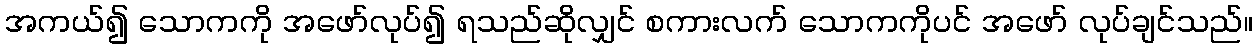
အကယ်၍ သောကကို အဖော်လုပ်၍ ရသည်ဆိုလျှင် စကားလက် သောကကိုပင် အဖော် လုပ်ချင်သည်။